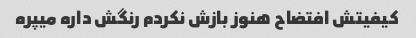
کیفیتش افتضاح هنوز بازش نکردم رنگش داره میپره